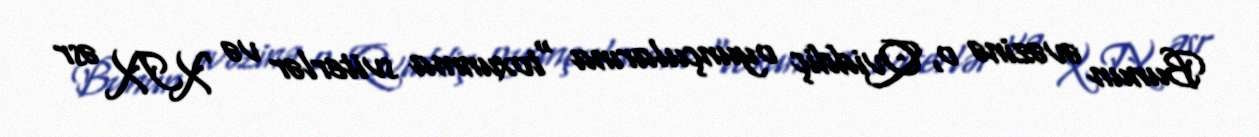
Bunun əvəzinə o, Qviddiç oyunçularına “toxunma sviterlər və XIX əsr